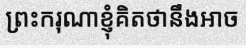
ព្រះករុណាខ្ញុំគិតថានឹងអាច